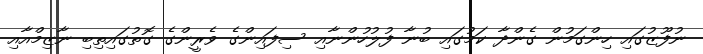
ނުފޫޒުގައި ހިންގަމުން ގެންދާ ކަމުގައި ބުނާ ފުލުހުންނާއި ސިފައިންގެ ވެރީންގެ ގޮތުގައިތިބި ނާޒިމްއާއި